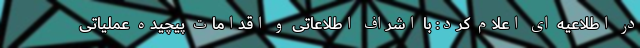
در اطلاعیه ای اعلام کرد: با اشراف اطلاعاتی و اقدامات پیچیده عملیاتی